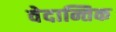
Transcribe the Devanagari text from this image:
वेदान्तिक